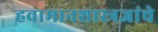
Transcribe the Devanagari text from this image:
हवामानशास्त्रज्ञांचे